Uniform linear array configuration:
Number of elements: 8
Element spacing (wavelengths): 0.25
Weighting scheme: kaiser
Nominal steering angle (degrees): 0
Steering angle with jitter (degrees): -1.769
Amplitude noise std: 0.05
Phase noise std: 0.05

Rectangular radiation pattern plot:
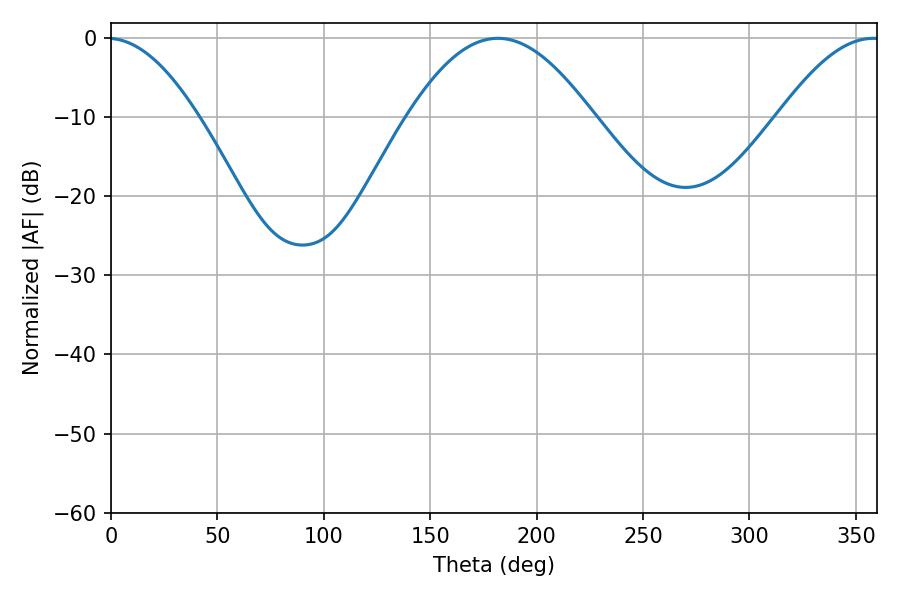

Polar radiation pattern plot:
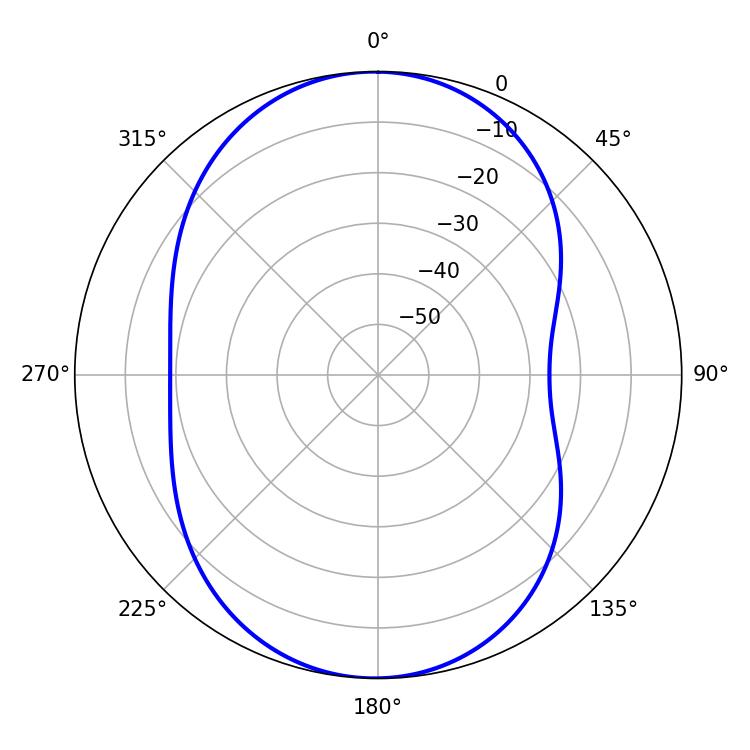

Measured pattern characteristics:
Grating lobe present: FALSE
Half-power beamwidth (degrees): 47.16
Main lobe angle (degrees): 181.8